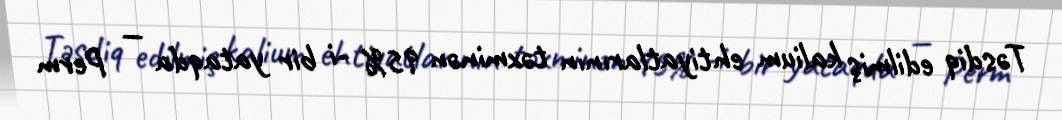
Təsdiq edilmiş kalium ehtiyatlarının təxminən 95% -i bir yataqda — Perm